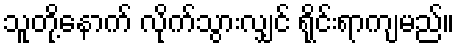
သူတို့နောက် လိုက်သွားလျှင် ရိုင်းရာကျမည်။